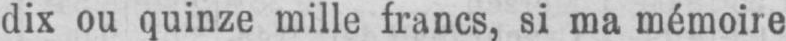
dix ou quinze mille francs, si ma mémoire